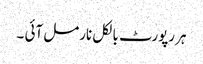
ہر رپورٹ بالکل نارمل آئی ۔